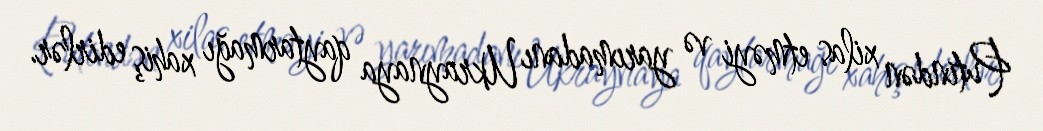
Putindən xilas etməyi və yarımadanı Ukraynaya qaytarmağı xahiş edirlər.